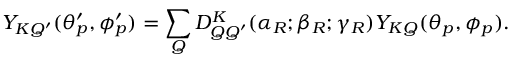
Y _ { K Q ^ { \prime } } ( \theta _ { p } ^ { \prime } , \phi _ { p } ^ { \prime } ) = \sum _ { Q } D _ { Q Q ^ { \prime } } ^ { K } ( \alpha _ { R } ; \beta _ { R } ; \gamma _ { R } ) Y _ { K Q } ( \theta _ { p } , \phi _ { p } ) .